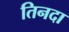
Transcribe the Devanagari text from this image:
तिनदा